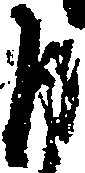
自